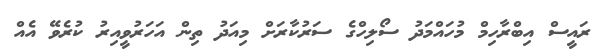
ރައީސް އިބްރާހިމް މުހައްމަދު ސޯލިހްގެ ސަރުކާރަށް މިއަދު ތިން އަހަރުވީއިރު ކުރެވޭ އެއް